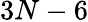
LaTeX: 3N-6